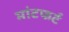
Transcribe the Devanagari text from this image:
मांटफर्ट